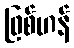
ဖြစ်ဟန်